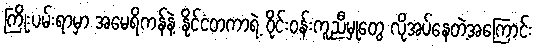
ကြိုးပမ်းရာမှာ အမေရိကန်နဲ့ နိုင်ငံတကာရဲ့ ဝိုင်းဝန်းကူညီမှုတွေ လိုအပ်နေတဲ့အကြောင်း